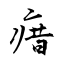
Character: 瘄